65_HS1-834228961_62-HQ-83894_Section_8
Agency: FBI
Page 14
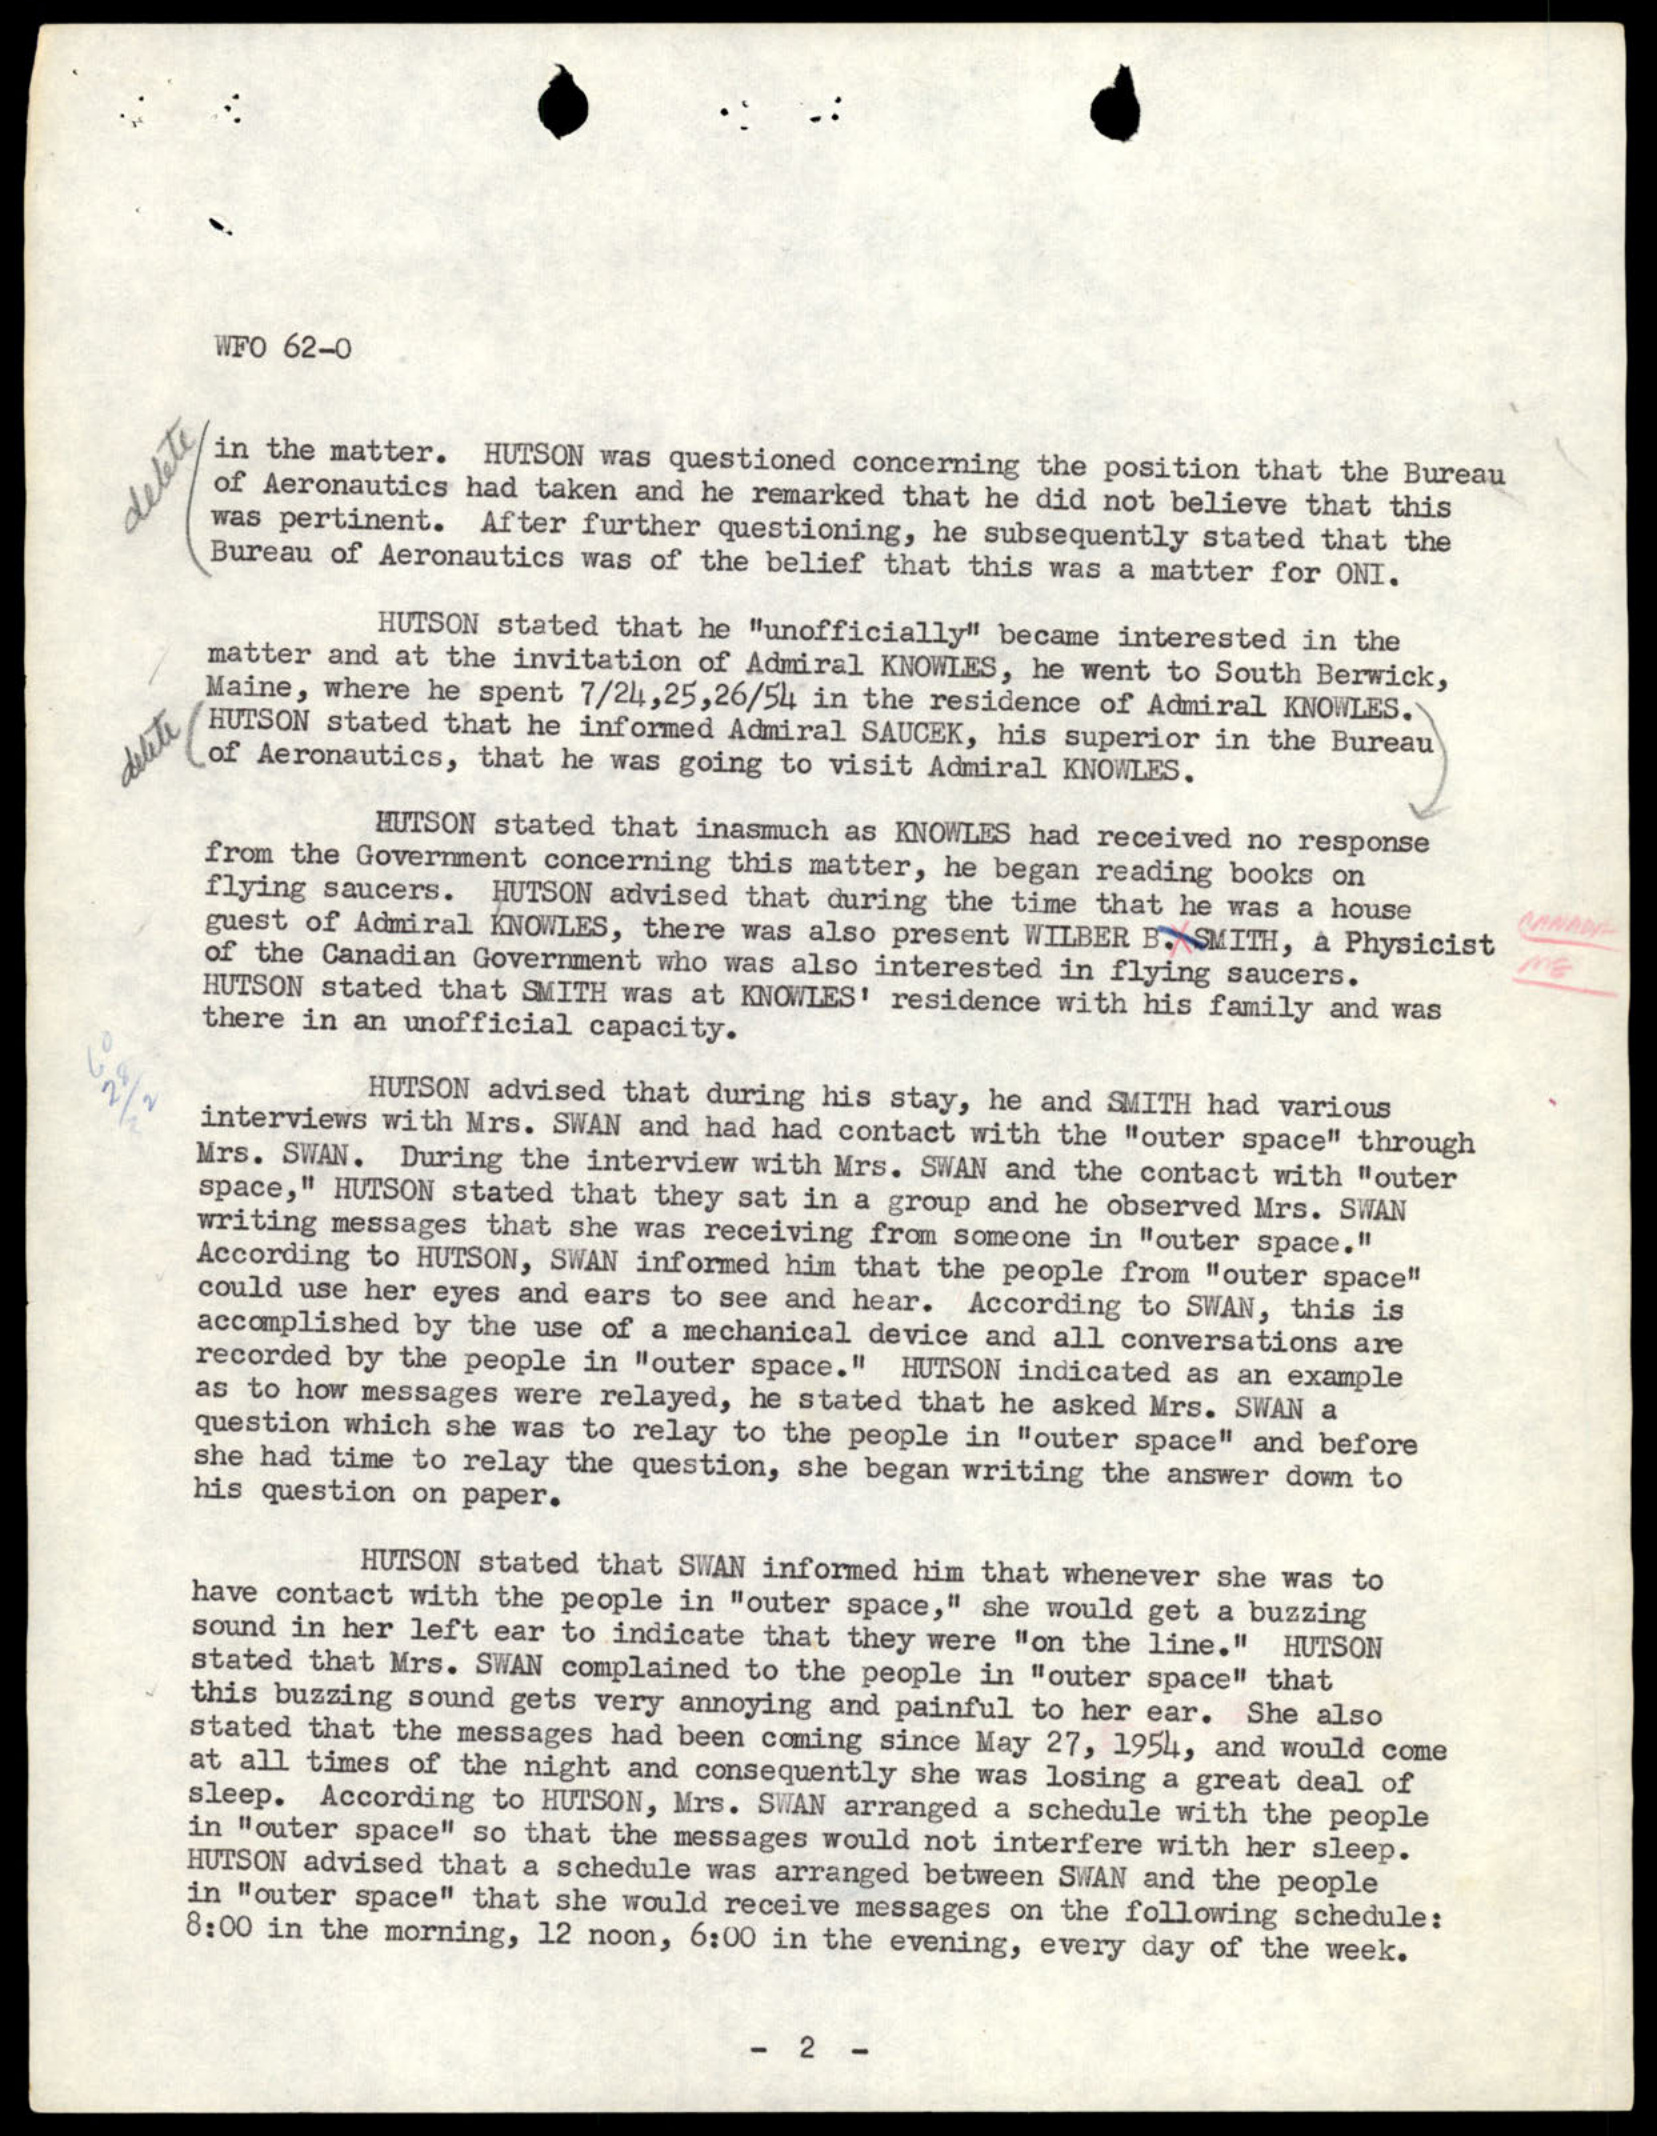